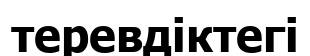
теревдіктегі